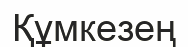
Құмкезең